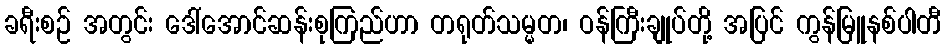
ခရီးစဉ် အတွင်း ဒေါ်အောင်ဆန်းစုကြည်ဟာ တရုတ်သမ္မတ၊ ဝန်ကြီးချုပ်တို့ အပြင် ကွန်မြူနစ်ပါတီ